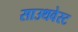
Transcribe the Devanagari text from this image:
साउथवेस्‍ट